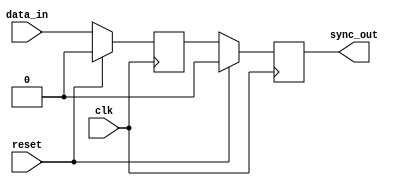

`timescale 1ns/1ns

module dual_flop_synchro(
output  sync_out,
input reset,
input clk,
input data_in);


reg D_ff1,D_ff2;

always@(posedge clk) begin
	if(reset) begin
		D_ff1<=0;
		D_ff2<=0;
	end
	else begin
		D_ff1<=data_in;
		D_ff2<=D_ff1;
	end
end

assign sync_out=D_ff2;
endmodule